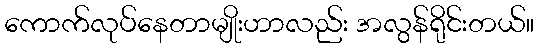
ကောက်လုပ်နေတာမျိုးဟာလည်း အလွန်ရိုင်းတယ်။